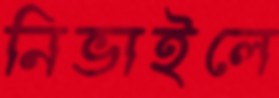
নিভাইলে